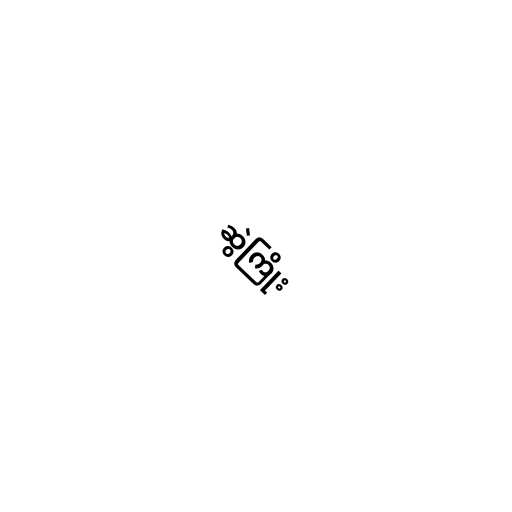
ဆွဲကြိုး